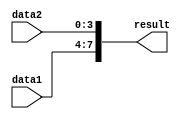
module Concatenation_example(input [3:0] data1, input [3:0] data2, output [7:0] result);
    assign result = {data1, data2};
endmodule